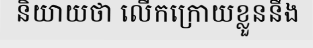
និយាយថា លើកក្រោយខ្លួននឹង